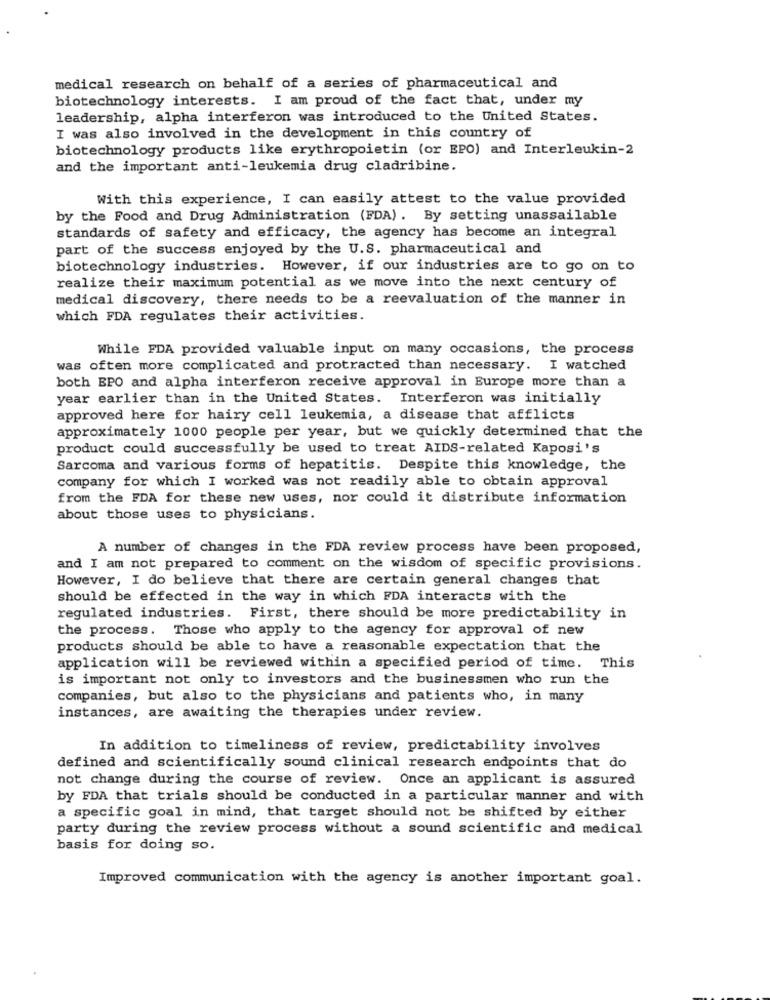
medical research on behalf of a series of pharmaceutical and
biotechnology interests. I am proud of the fact that, under my
leadership, alpha interferon was introduced to the United States.
I was also involved in the development in this country of
biotechnology products like erythropoietin (or EPO) and Interleukin-2
and the important anti-leukemia drug cladribine.
With this experience, I can easily attest to the value provided
by the Food and Drug Administration (FDA). By setting unassailable
standards of safety and efficacy, the agency has become an integral
part of the success enjoyed by the U.S. pharmaceutical and
biotechnology industries. However, if our industries are to go on to
realize their maximum potential as we move into the next century of
medical discovery, there needs to be a reevaluation of the manner in
which FDA regulates their activities.
While FDA provided valuable input on many occasions, the process
was often more complicated and protracted than necessary. I watched
both EPO and alpha interferon receive approval in Europe more than a
year earlier than in the United States. Interferon was initially
approved here for hairy cell leukemia, a disease that afflicts
approximately 1000 people per year, but we quickly determined that the
product could successfully be used to treat AIDS-related Kaposi's
Sarcoma and various forms of hepatitis. Despite this knowledge, the
company for which I worked was not readily able to obtain approval
from the FDA for these new uses, nor could it distribute information
about those uses to physicians.
A number of changes in the FDA review process have been proposed,
and I am not prepared to comment on the wisdom of specific provisions.
However, I do believe that there are certain general changes that
should be effected in the way in which FDA interacts with the
regulated industries. First, there should be more predictability in
the process. Those who apply to the agency for approval of new
products should be able to have a reasonable expectation that the
application will be reviewed within a specified period of time. This
is important not only to investors and the businessmen who run the
companies, but also to the physicians and patients who, in many
instances, are awaiting the therapies under review.
In addition to timeliness of review, predictability involves
defined and scientifically sound clinical research endpoints that do
not change during the course of review. Once an applicant is assured
by FDA that trials should be conducted in a particular manner and with
a specific goal in mind, that target should not be shifted by either
party during the review process without a sound scientific and medical
basis for doing so.
Improved communication with the agency is another important goal.